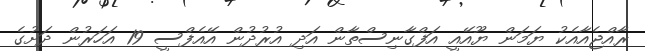
ރާއްޖެއާއެކު ޔަމަން ޔޫއޭއީ އަފްގާނިސްތާން އަދި އުރުދުން އޭއެފްސީ 19 އަހަރުން ދަށުގެ